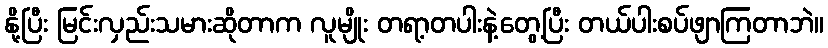
နို့ပြီး မြင်းလှည်းသမားဆိုတာက လူမျိုး တရာ့တပါးနဲ့တွေ့ပြီး တယ်ပါးစပ်ဖျာကြတာဘဲ။